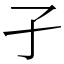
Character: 孑